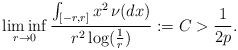
LaTeX: \begin{align*}\liminf_{r\to 0} \frac{\int_{[-r,r]}x^2 \,\nu(dx)}{ r^2\log (\frac{1}{r})}:=C>\frac{1}{2p}.\end{align*}